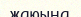
жаюына